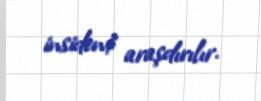
insident araşdırılır.